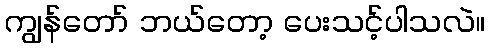
ကျွန်တော် ဘယ်တော့ ပေးသင့်ပါသလဲ။